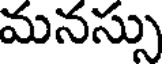
మనస్సు